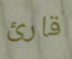
قارئ